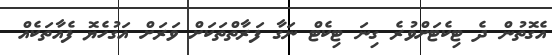
އެގޮތުން ދެ ޓިކެޓަށްވުރެ ގިނަ ޓިކެޓް ނަގާ ފަރާތްތަކަށް ވަރަށް އަގުހެޔޮ ފެއާތަކެއް